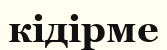
кідірме